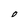
Character: 0